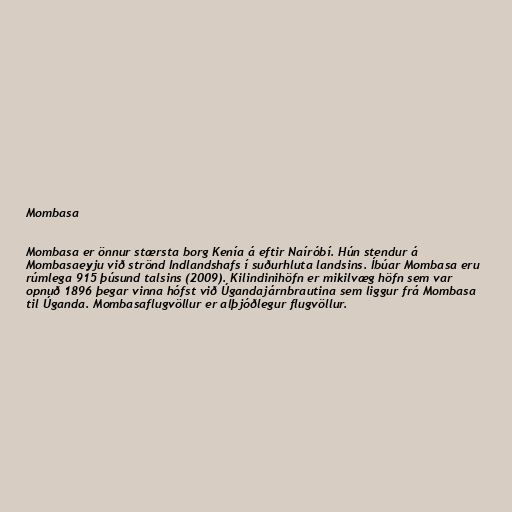
Mombasa

Mombasa er önnur stærsta borg Kenía á eftir Naíróbí. Hún stendur á
Mombasaeyju við strönd Indlandshafs í suðurhluta landsins. Íbúar Mombasa eru
rúmlega 915 þúsund talsins (2009). Kilindinihöfn er mikilvæg höfn sem var
opnuð 1896 þegar vinna hófst við Úgandajárnbrautina sem liggur frá Mombasa
til Úganda. Mombasaflugvöllur er alþjóðlegur flugvöllur.